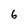
Character: 6